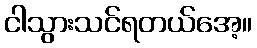
ငါသွားသင်ရတယ်အေ့။